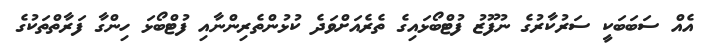
އެއް ސަބަބަކީ ސަރުކާރުގެ ނުފޫޒު ފުޓްބޯޅައިގެ ތެރެއަށްވަދެ ކުޅުންތެރިންނާއި ފުޓްބޯޅަ ހިންގާ ފަރާތްތަކުގެ